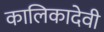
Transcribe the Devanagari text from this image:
कालिकादेवी